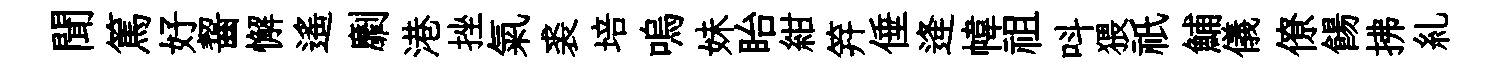
聞篤好齧懈遥劘港挫氣裘培嗚妹眙紺笄倕逄幃祖呌猥祇鯆儀僚餳拂糺